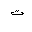
Letter: _ta